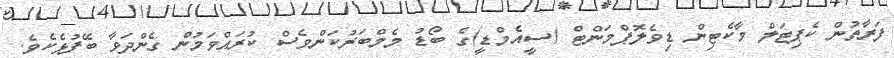
ފަރާތުން ކެޕިޓަލް މާކެޓިން ޑިވެލޮޕްމަންޓް (ސީއެމްޑީ)ގެ ބޯޑު މެމްބަރުކަންވެސް ކުރައްވަމުން ގެންދަވާ ބޭފުޅެކެވެ.